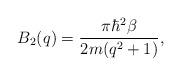
LaTeX: \begin{align*}B_{2}(q)=\frac{\pi\hbar^{2}\beta}{2m(q^{2}+1)},\end{align*}